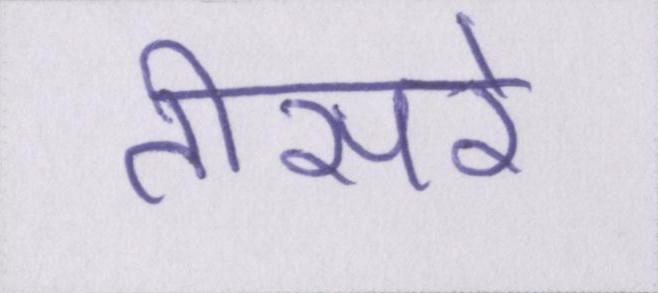
तीसरे